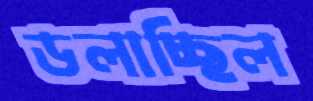
ডলাচ্ছিল